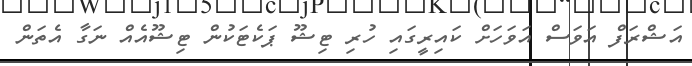
އަޝްރަފް އަވަސް އަވަހަށް ކައިރީގައި ހުރި ޓިޝޫ ޕަކެޓަކުން ޓިޝޫއެއް ނަގާ އެތަން